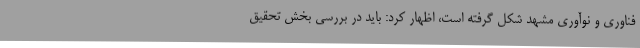
فناوری و نوآوری مشهد شکل گرفته است، اظهار کرد: باید در بررسی بخش تحقیق